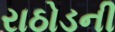
રાઠોડની